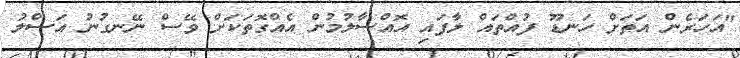
"އަހަރެން އަތަށް ހަނޑޫ ފުއްތައް ލާފައި އޮއްސާލުމުން އެއްގޮތަކަށް ވޭސް ނޭނގުނު އަސްލު